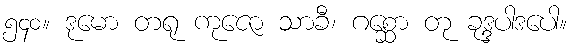
၅၄၀။ ဒုမော တရု ကုဇော သာခီ၊ ဂစ္ဆော တု ခုဒ္ဒပါဒပေါ။